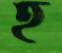
হ